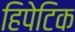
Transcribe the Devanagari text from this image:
हिपेटिक